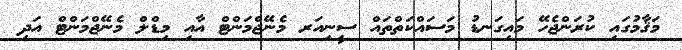
މަޤާމުގައި ކުރަންޖެހޭ މައިގަނޑު މަސައްކަތްތައް ސީނިއަރ މެނޭޖްމަންޓް އާއި މިޑްލް މެނޭޖްމަންޓް އަދި